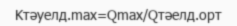
Kтәуелд.max=Qmax/Qтәелд.орт